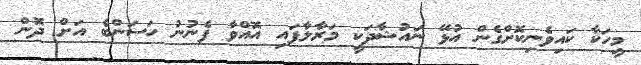
މީހަކާ ކައިވެނިކޮށްގެން އުޅޭ ނައުޝާދަކީ މަރާލާފައި އޮއްވާ ފެނުނު ހަސަންބެ އަށް ދޮން